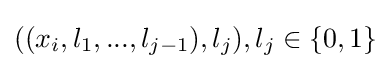
((x_{i},l_{1},...,l_{j-1}),l_{j}),l_{j}\in \{0,1\}